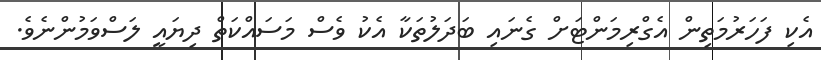
އެކި ފަހަރުމަތިން އެގްރިމަންޓަށް ގެނައި ބަދަލުތަކާ އެކު ވެސް މަސައްކަތް ދިޔައީ ލަސްވަމުންނެވެ.